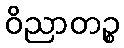
ဝိညာတဉ္စ